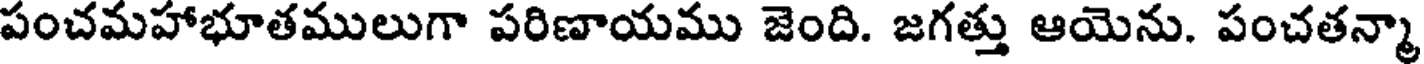
పంచమహాభూతములుగా పరిణాయము జెంది. జగత్తు ఆయెను. పంచతన్మా